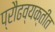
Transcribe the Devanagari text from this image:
प्रौढव्यक्तीत